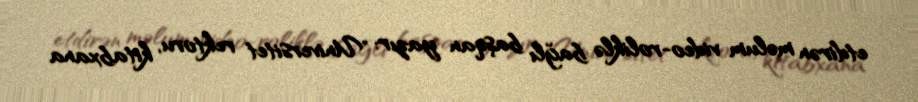
etdirən məlum video-roliklə bağlı başqan yazır: "Universitet rektoru, kitabxana